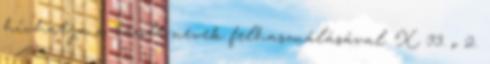
hívhatja a tárolt nevek felhasználásával. X 33. o 2.